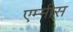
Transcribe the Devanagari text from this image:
एम्मीस